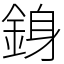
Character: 銵